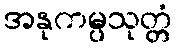
အနုကမ္ပသုတ္တံ